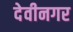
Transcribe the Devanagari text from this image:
देवीनगर